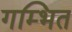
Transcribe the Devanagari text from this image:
गम्भित